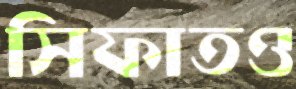
সিফাতও